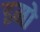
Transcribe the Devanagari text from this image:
इमो